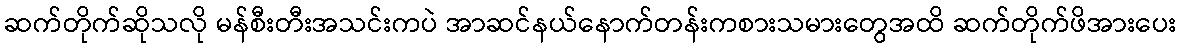
ဆက်တိုက်ဆိုသလို မန်စီးတီးအသင်းကပဲ အာဆင်နယ်နောက်တန်းကစားသမားတွေအထိ ဆက်တိုက်ဖိအားပေး